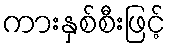
ကားနှစ်စီးဖြင့်